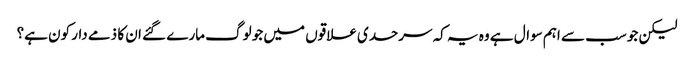
لیکن جو سب سے اہم سوال ہے وہ یہ کہ سرحدی علاقوں میں جو لوگ مارے گئے ان کا ذمے دار کون ہے؟